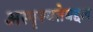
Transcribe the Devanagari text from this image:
अस्पृश्यतेबद्दल